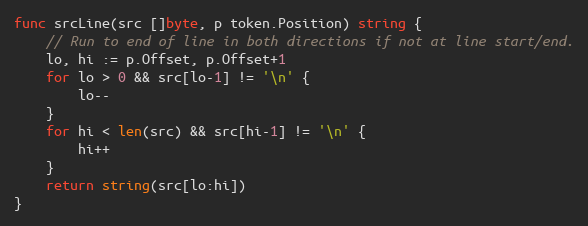
Language: Go
func srcLine(src []byte, p token.Position) string {
	// Run to end of line in both directions if not at line start/end.
	lo, hi := p.Offset, p.Offset+1
	for lo > 0 && src[lo-1] != '\n' {
		lo--
	}
	for hi < len(src) && src[hi-1] != '\n' {
		hi++
	}
	return string(src[lo:hi])
}